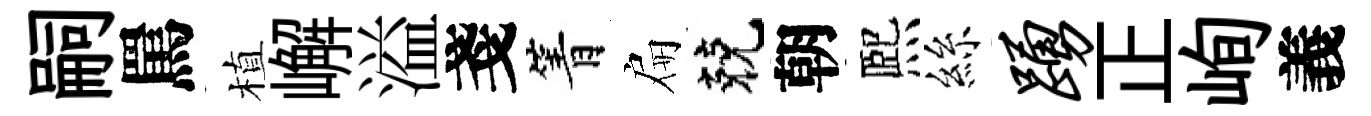
嗣罵植嶰溢戔箐扁兢朝熈絲踊正峋義